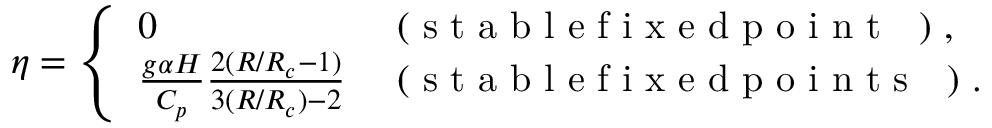
\eta = \left\{ \begin{array} { l l } { 0 } & { \mathrm { ~ ( ~ s ~ t ~ a ~ b ~ l ~ e ~ f ~ i ~ x ~ e ~ d ~ p ~ o ~ i ~ n ~ t ~ ~ ~ ) ~ } , } \\ { \frac { g \alpha H } { C _ { p } } { \frac { 2 ( R / R _ { c } - 1 ) } { 3 ( R / R _ { c } ) - 2 } } } & { \mathrm { ~ ( ~ s ~ t ~ a ~ b ~ l ~ e ~ f ~ i ~ x ~ e ~ d ~ p ~ o ~ i ~ n ~ t ~ s ~ ~ ~ ) ~ } . } \end{array} \right.